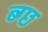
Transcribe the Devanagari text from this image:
ब्ग्छ